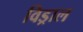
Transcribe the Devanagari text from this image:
विड्राल